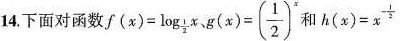
14. 下面对函数$$f(x)= \log _{ \frac{1}{2}}x$$、$$g(x)=( \frac{1}{2})^{x}$$ 和 $$h(x)=x^{- \frac{1}{2}}$$